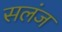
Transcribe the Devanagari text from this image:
सलंज